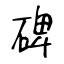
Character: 碑